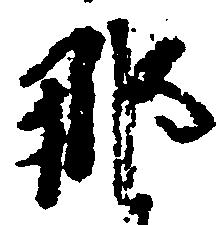
那